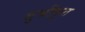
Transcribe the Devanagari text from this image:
सुचीकृत